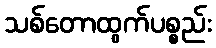
သစ်တောထွက်ပစ္စည်း